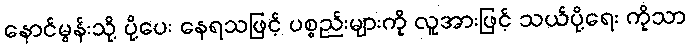
နောင်မွန်းသို့ ပို့ပေး နေရသဖြင့် ပစ္စည်းများကို လူအားဖြင့် သယ်ပို့ရေး ကိုသာ